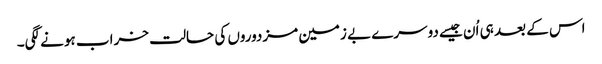
اس کے بعد ہی اُن جیسے دوسرے بے زمین مزدوروں کی حالت خراب ہونے لگی۔